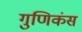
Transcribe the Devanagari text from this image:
गुणिकंस